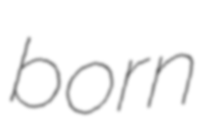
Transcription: born